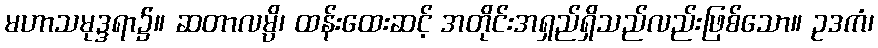
မဟာသမုဒ္ဒရာ၌။ ဆတာလမ္ပိ၊ ထန်းထေးဆင့် အတိုင်းအရှည်ရှိသည်လည်းဖြစ်သော။ ဥဒကံ၊